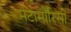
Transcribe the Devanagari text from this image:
मेटामोरिसी